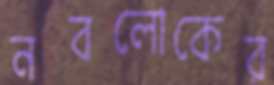
নবলোকের